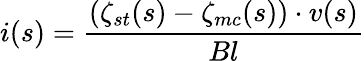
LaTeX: i(s)=\frac{(\zeta_{st}(s)-\zeta_{mc}(s))\cdot v(s)}{Bl}